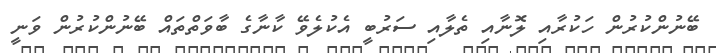
ބޭނުންކުރުން ހަކުރާއި ލޮނާއި ތެލާއި ސަރުބީ އެކުލެވޭ ކާނާގެ ބާވަތްތައް ބޭނުންކުރުން ވަނީ